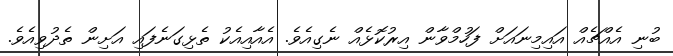
ބުނި އެއްޗެއް އައިމިނައަށް ފަހުމްވާން އިރުކޮޅެއް ނެގިއެވެ. އެއާއިއެކު ތެޅިގަނެފައި އަށިން ތެދުވިއެވެ.